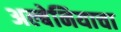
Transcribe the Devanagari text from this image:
अल्बेनियाचा